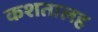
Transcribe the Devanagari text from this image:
कशतालह